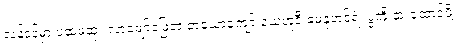
လန်ဒန်မှာ ပထမဆုံး လာဖျော်ဖြေတဲ့ တယောကျော် ယေဟူဒီ မေနုဟင်ရဲ့ ပွဲကို နားထောင်ဖို့